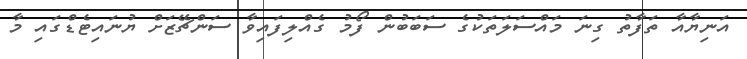
އަނިޔާއާ ތަފާތު ގިނަ މައްސަލަތަކުގެ ސަބަބުން ފޯމު ގެއްލިފައިވާ ސަންޗޭޒަށް ޔުނައިޓެޑްގައި މާ